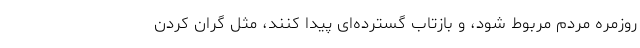
روزمره مردم مربوط شود، و بازتاب گسترده‌ای پیدا کنند، مثل گران کردن